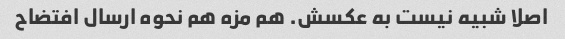
اصلا شبیه نیست به عکسش. هم مزه هم نحوه ارسال افتضاح